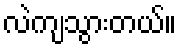
လဲကျသွားတယ်။